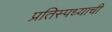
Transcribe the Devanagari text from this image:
प्रतिस्पध्याची